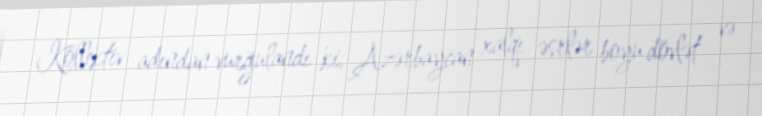
Kollektiv adından vurğulandı ki, Azərbaycan xalqı əsrlər boyu dövlət və